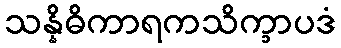
သန္နိဓိကာရကသိက္ခာပဒံ